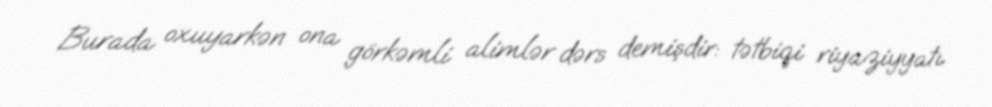
Burada oxuyarkən ona görkəmli alimlər dərs demişdir: tətbiqi riyaziyyatı